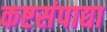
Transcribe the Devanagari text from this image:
कष्टसंपाद्या